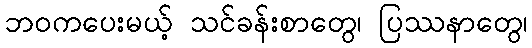
ဘဝကပေးမယ့် သင်ခန်းစာတွေ၊ ပြဿနာတွေ၊